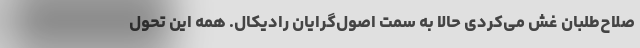
صلاح‌طلبان غش می‌کردی حالا به سمت اصول‌گرایان رادیکال. همه این تحول